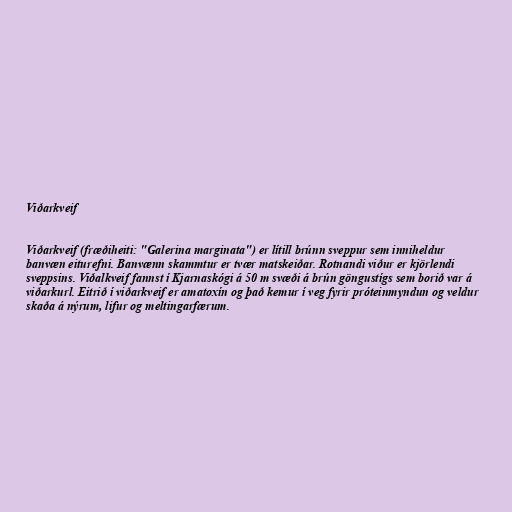
Viðarkveif

Viðarkveif (fræðiheiti: "Galerina marginata") er lítill brúnn sveppur sem inniheldur
banvæn eiturefni. Banvænn skammtur er tvær matskeiðar. Rotnandi viður er kjörlendi
sveppsins. Viðalkveif fannst í Kjarnaskógi á 50 m svæði á brún göngustígs sem borið var á
viðarkurl. Eitrið í viðarkveif er amatoxín og það kemur í veg fyrir próteinmyndun og veldur
skaða á nýrum, lifur og meltingarfærum.